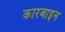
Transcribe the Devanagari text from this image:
कारबाइन